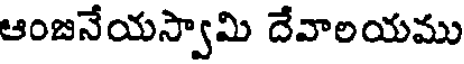
ఆంజనేయస్వామి దేవాలయము